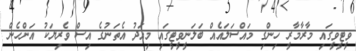
ވީޓީވީގައި މާރާމާރީ ހިންގި މައްސަލައެއް ބަލަނީވީޓީގައި މިއަދު އެތަނުގެ އިސް ވެރިޔަކު އަންހެން